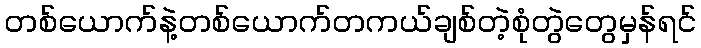
တစ်ယောက်နဲ့တစ်ယောက်တကယ်ချစ်တဲ့စုံတွဲတွေမှန်ရင်